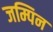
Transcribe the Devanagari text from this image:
जम्पिन